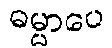
ဓမ္မာပေ